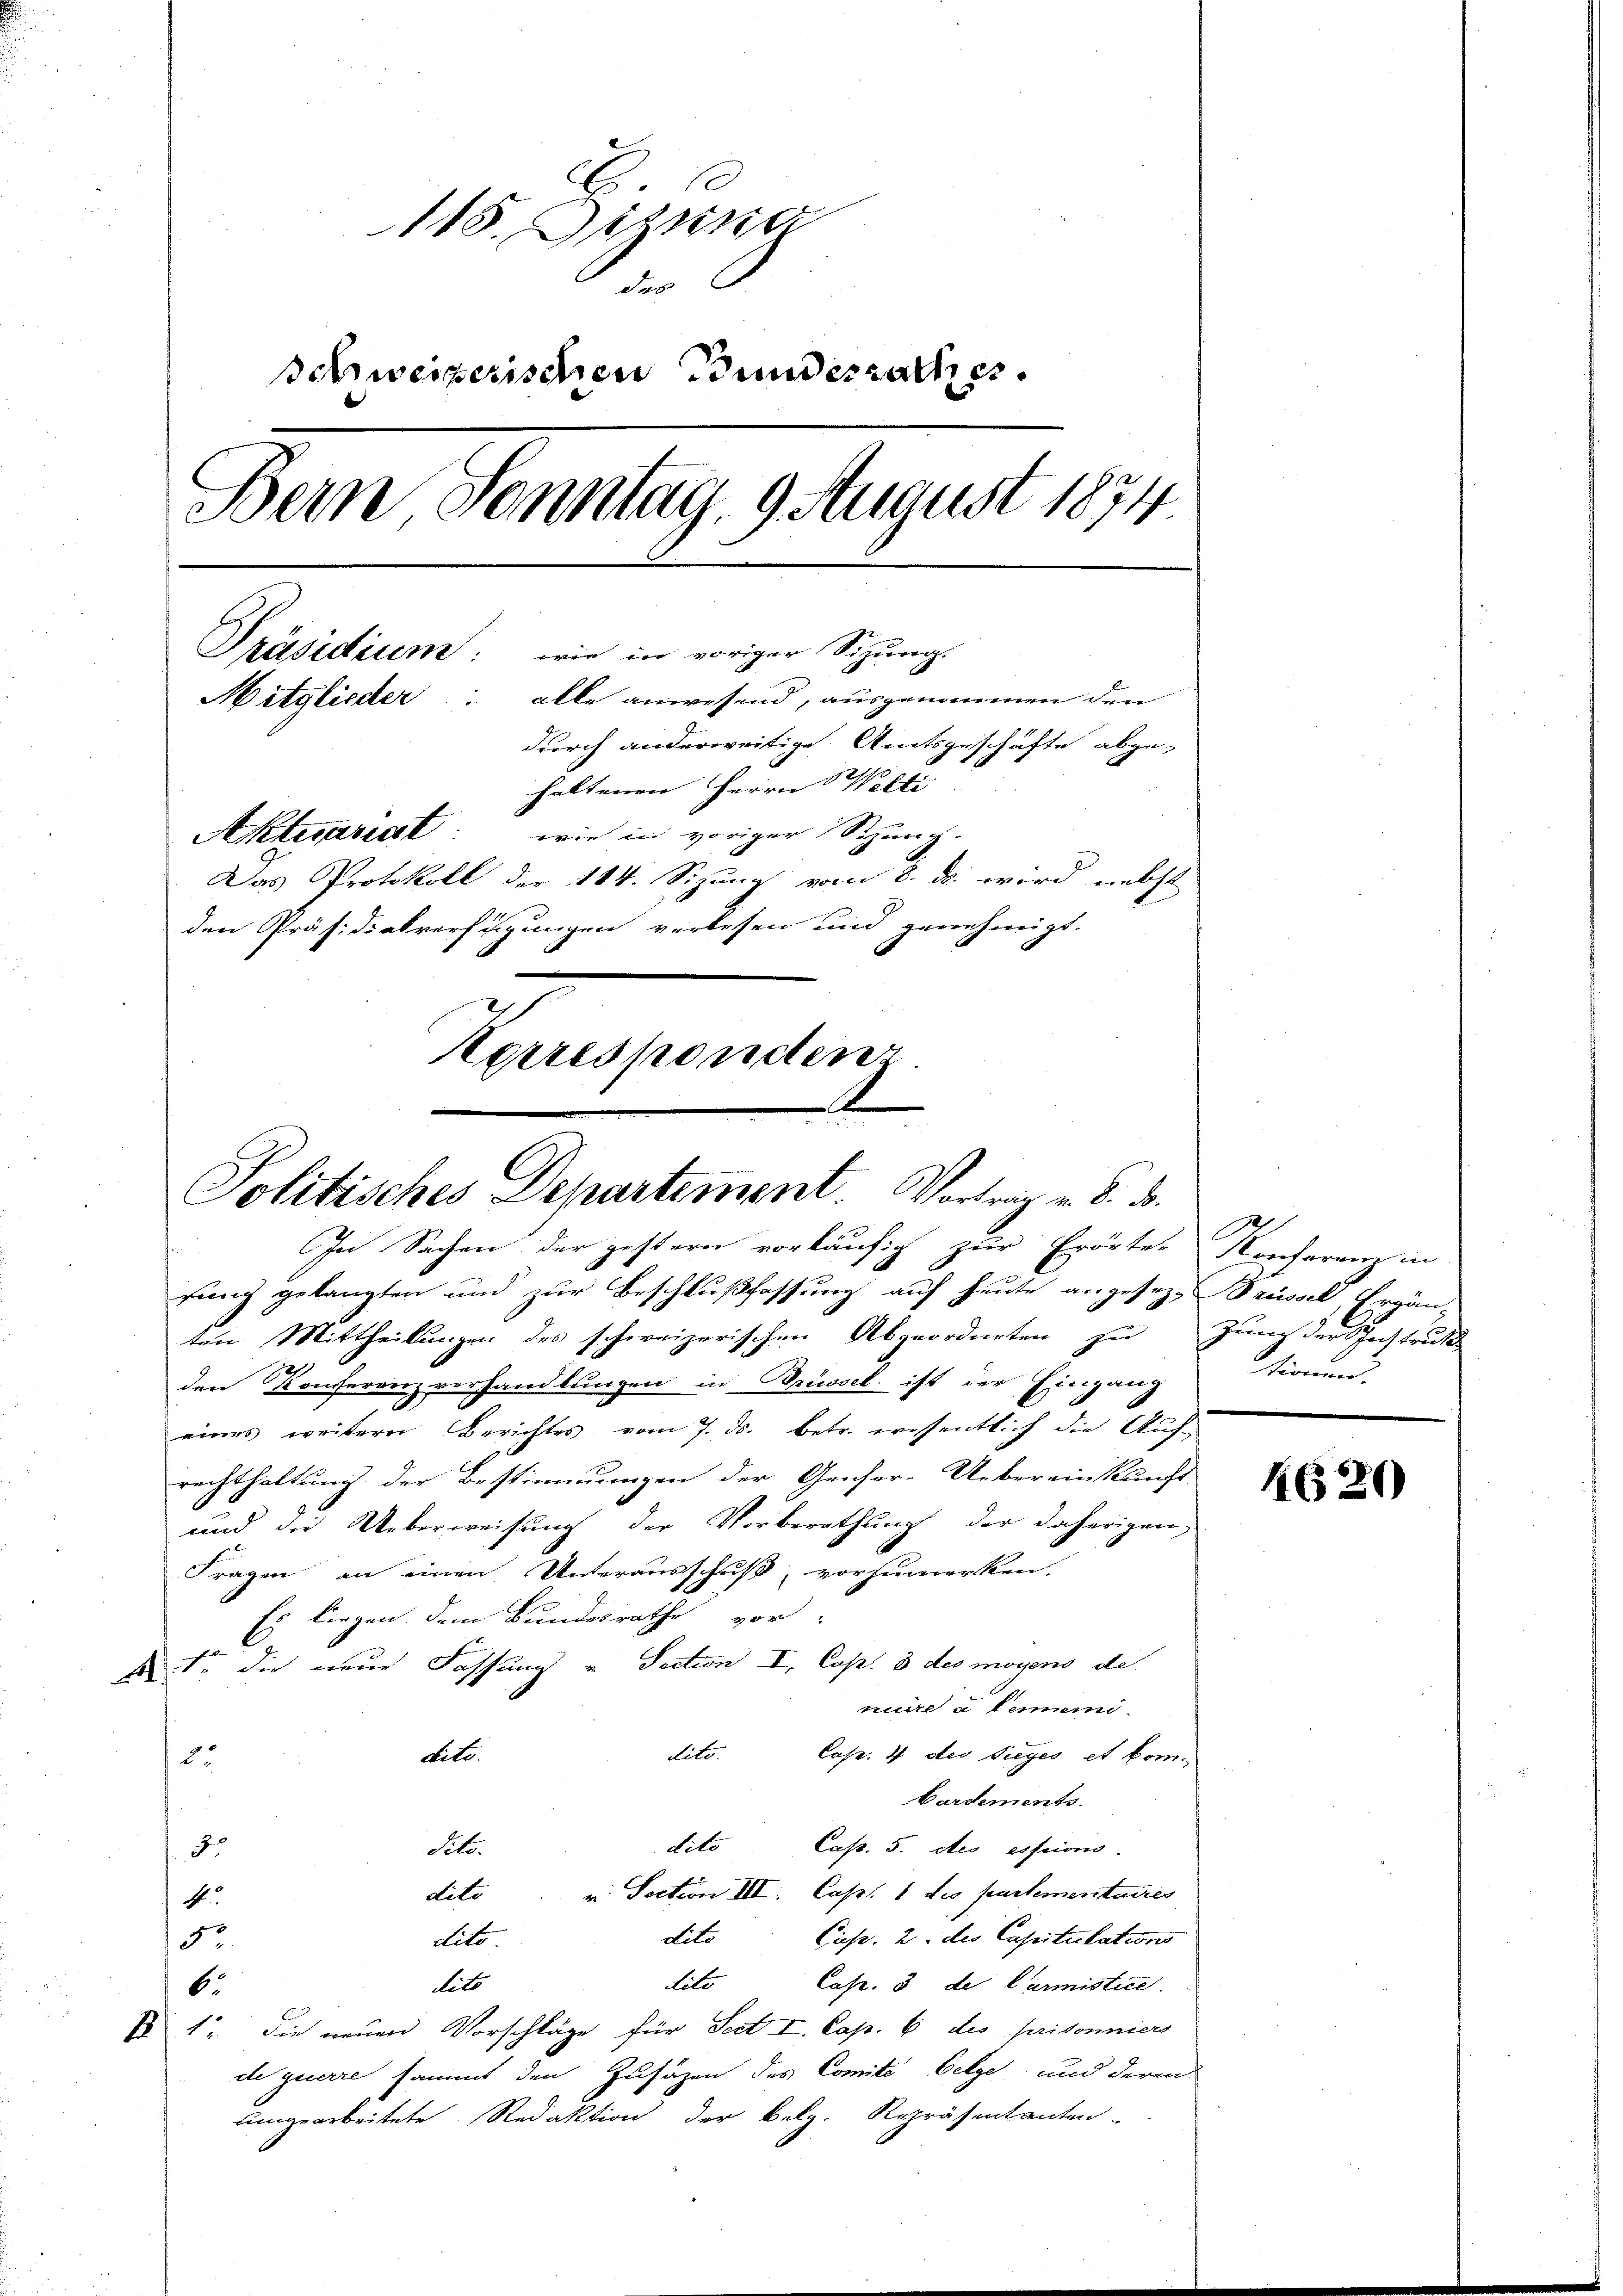
115. Deze
des
schweizerischen Bundesrathes.
Bern Sonntag. 9 August 1874
Präsidium: wie in voriger Sitzung.
Mitglieder: alle anwesend, ausgenommen den
durch anderweitige Amtsgeschäfte abge-
haltenen Herrn Welti
Aktestriest: wie in voriger Sitzung.
Das Protokoll der 114. Sizung vom 8. ds. wird nebst
den Präsidialverfügungen verlesen und genehmigt.
errespondenz.

Politisches Departement. Vortrag v. 8. d.
In Sachen der gestern vorläufig zur Erörte Konferenz in

rung gelangten und zur Beschlußfassung auf heute angesezt Brüssel, Ergän-
ten Mittheilungen des schweizerischen Abgeordneten zu jung der Instrukt
den Konferenzverhandlungen in Brüssel ist der Eingang
eines weitern Berichtes vom 7. ds. betr. wissentlich die Aufrechthaltung der Bestimmungen der Genfer-Uebereinkunft
und die Ueberweisung der Vorberathung der daherigen
Fragen an einen Unterausschuß, vorzumerken.
Es liegen dem Bundesrathe vor-
ste die neue Fassung u. Section I, Cap. 3 des moyens de
nuire a tenemi-
dito. Cap. 4 des Sieges et komdito.
2.
bardements.
dito Cap. 5. des essions.
Silo.
8.
dite u. Section III. Capt. 1 des partementaires
4
dite Cap. 2. des Capitulations
dito
5
dito
Cap. 3 de Carmistice.
dito
6.
 1. die neuen Vorschläge für Seit I. Cap. 6 des prisonnier
de guerre sammt den Zusagen des Comite Oelge und deren
lungearbeitete Redaktion der Belg. Repräsentanten.

tionen.

4620